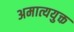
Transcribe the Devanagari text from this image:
अमात्ययुक्त